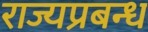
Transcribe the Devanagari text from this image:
राज्यप्रबन्ध